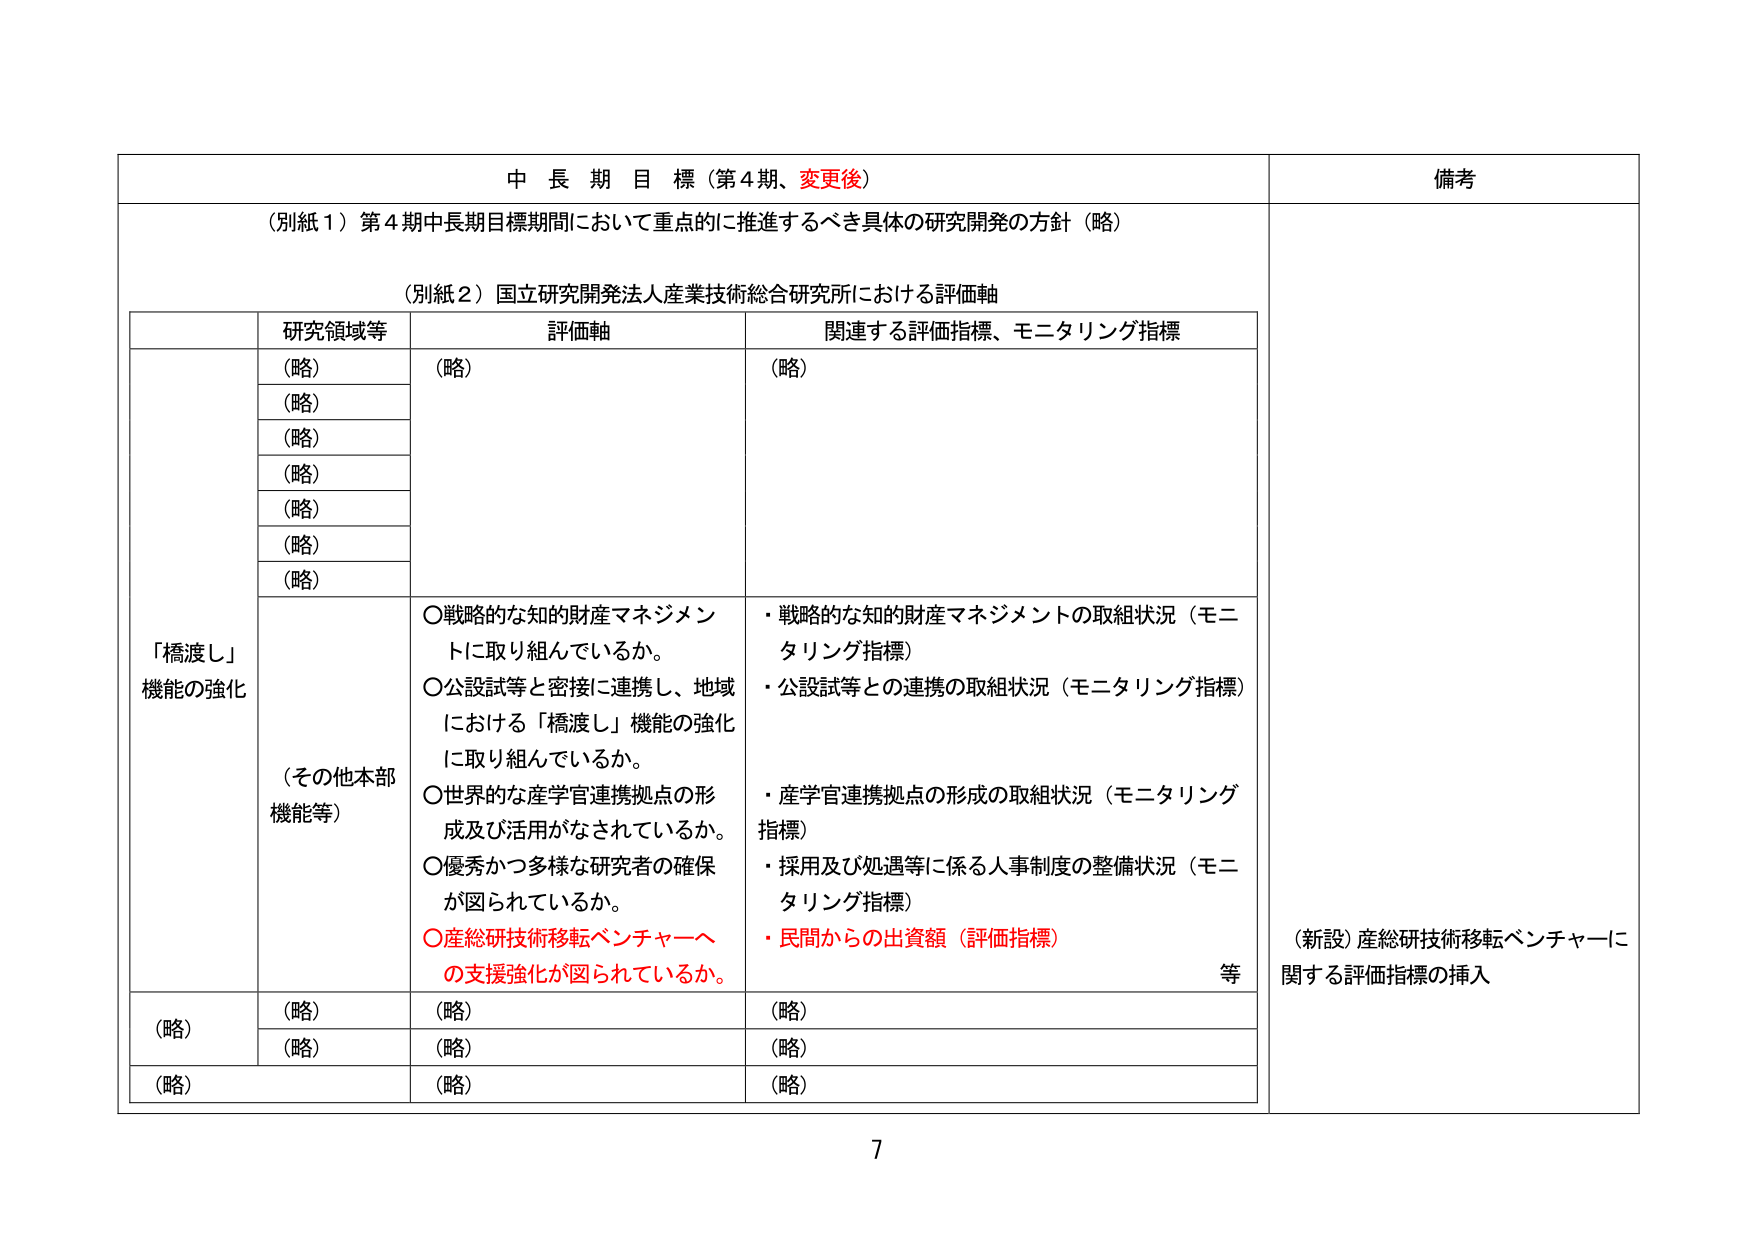
中長期目標（第4期、変更後）

（別紙1）第4期中長期目標期間において重点的に推進するべき具体的研究開発の方針（略）

（別紙2）国立研究開発法人産業技術総合研究所における評価軸

研究領域等　　評価軸　　関連する評価指標、モニタリング指標

（略）　　（略）　　（略）
（略）　　（略）　　（略）
（略）　　（略）　　（略）
（略）　　（略）　　（略）
（略）　　（略）　　（略）
（略）　　（略）　　（略）

「橋渡し」
機能の強化

（その他本部
機能等）

〇戦略的な知的財産マネジメントに取り組んでいるか。
〇公設試等と密接に連携し、地域における「橋渡し」機能の強化に取り組んでいるか。
〇世界的な産学官連携拠点の形成及び活用がなされているか。
〇優秀かつ多様な研究者の確保が図られているか。
〇産総研技術移転ベンチャーへの支援強化が図られているか。

・戦略的な知的財産マネジメントの取組状況（モニタリング指標）
・公設試等との連携の取組状況（モニタリング指標）
・産学官連携拠点の形成の取組状況（モニタリング指標）
・採用及び処遇等に係る人事制度の整備状況（モニタリング指標）
・民間からの出資額（評価指標）

等

（略）　　（略）　　（略）
（略）　　（略）　　（略）
（略）　　（略）　　（略）

備考

（新設）産総研技術移転ベンチャーに関する評価指標の挿入

7